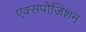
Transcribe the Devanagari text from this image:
एक्सपोजिशन